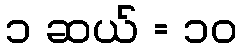
၁ ဆယ် = ၁၀